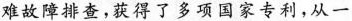
难故障排查，获得了多项国家专利，从一